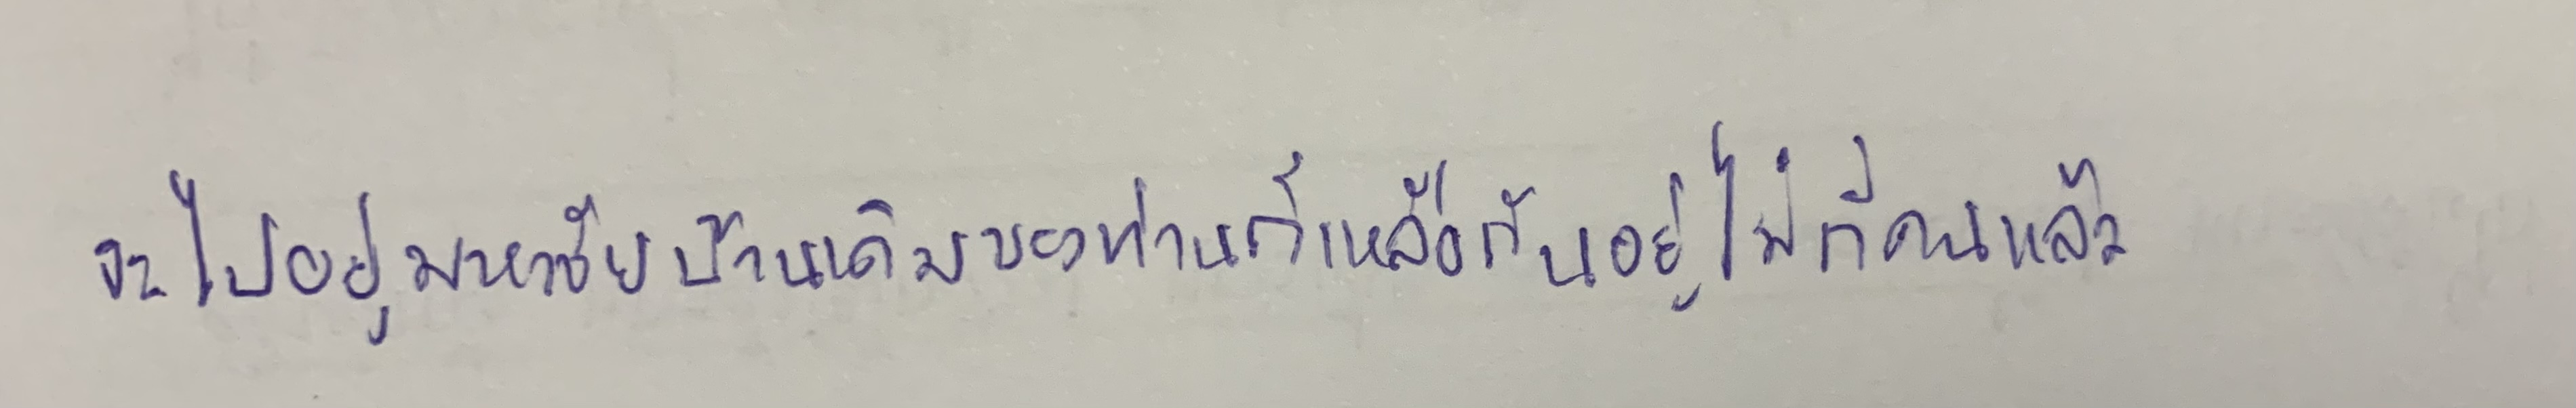
จะไปอยู่มหาชัยบ้านเดิมของท่านก็เหลือกันอยู่ไม่กี่คนแล้ว